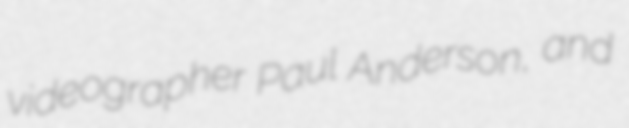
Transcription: videographer Paul Anderson, and